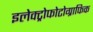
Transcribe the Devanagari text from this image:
इलेक्ट्रोफोटोग्राफिक